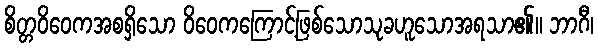
စိတ္တဝိဝေကအစရှိသော ဝိဝေကကြောင့်ဖြစ်သောသုခဟူသောအရသာ၏။ ဘာဂီ၊